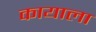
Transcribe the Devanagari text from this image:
कायाला